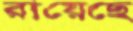
রায়েছে